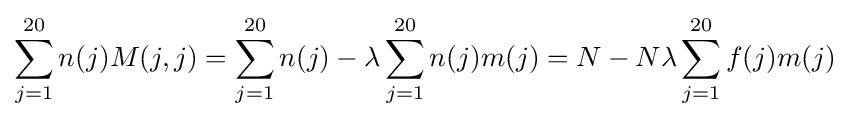
\sum _{j=1}^{20}n(j)M(j,j)=\sum _{j=1}^{20}n(j)-\lambda \sum _{j=1}^{20}n(j)m(j)=N-N\lambda \sum _{j=1}^{20}f(j)m(j)